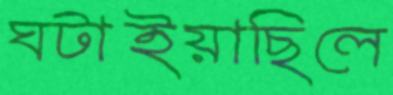
ঘটাইয়াছিলে